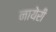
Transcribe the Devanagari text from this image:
नायेरी